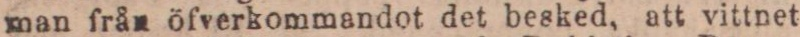
man från öfverkommandot det besked, att vittnet